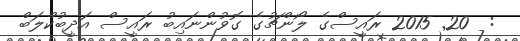
:  20